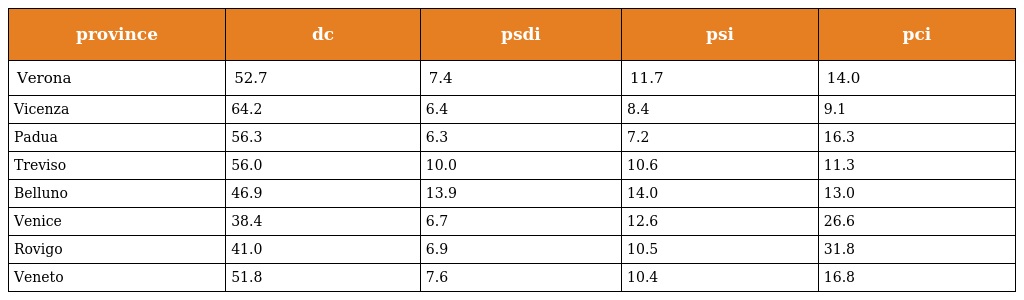
| province | dc | psdi | psi | pci |
 | --- | --- | --- | --- | --- |
 | Verona | 52.7 | 7.4 | 11.7 | 14.0 |
 | Vicenza | 64.2 | 6.4 | 8.4 | 9.1 |
 | Padua | 56.3 | 6.3 | 7.2 | 16.3 |
 | Treviso | 56.0 | 10.0 | 10.6 | 11.3 |
 | Belluno | 46.9 | 13.9 | 14.0 | 13.0 |
 | Venice | 38.4 | 6.7 | 12.6 | 26.6 |
 | Rovigo | 41.0 | 6.9 | 10.5 | 31.8 |
 | Veneto | 51.8 | 7.6 | 10.4 | 16.8 |